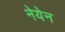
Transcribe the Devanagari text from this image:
नेयेन